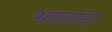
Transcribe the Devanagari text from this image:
भगतांना